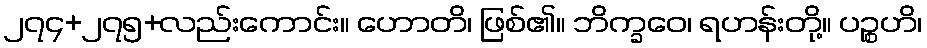
၂၇၄+၂၇၅+လည်းကောင်း။ ဟောတိ၊ ဖြစ်၏။ ဘိက္ခဝေ၊ ရဟန်းတို့။ ပဉ္စဟိ၊